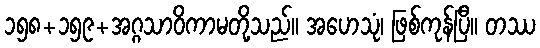
၁၅၈+၁၅၉+အဂ္ဂသာဝိကာမတို့သည်။ အဟေသုံ၊ ဖြစ်ကုန်ပြီ။ တဿ